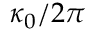
\kappa _ { 0 } / 2 \pi